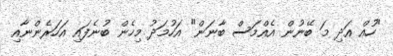
"ހުއް އަދި މަ ބޭނުން އެއްމަސް ބާނަން" އަހުމަދު މިހެން ބުނެފައި އަހަރެންނާއި